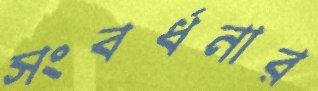
সংবর্ধনার